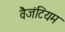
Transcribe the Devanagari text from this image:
वैजंटियम